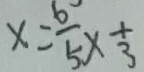
x = \frac { 6 } { 5 } \times \frac { 1 } { 3 }